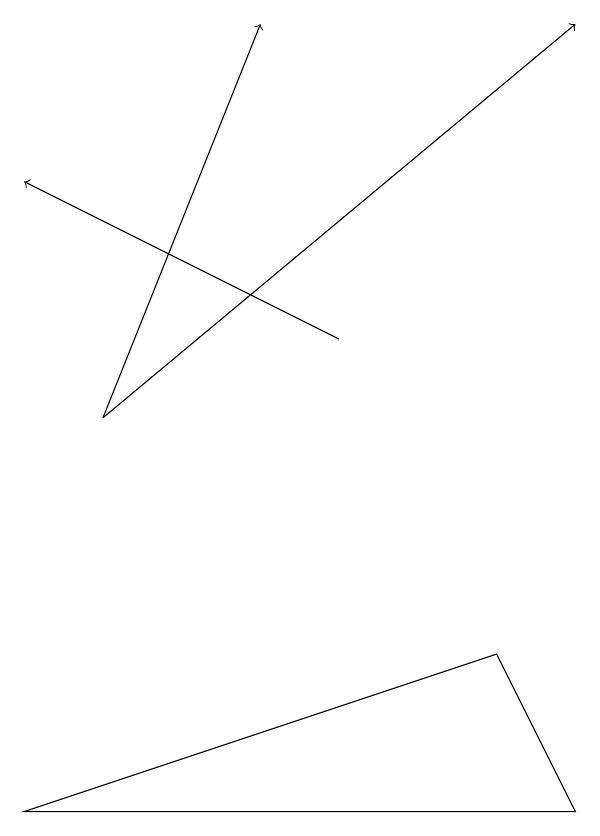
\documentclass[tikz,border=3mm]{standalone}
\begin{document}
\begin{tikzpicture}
\draw[->] (1,12) -- (3,17);
\draw[->] (1,12) -- (7,17);
\draw[->] (4,13) -- (0,15);
\draw (6,9) -- (7,7) -- (0,7) -- cycle;
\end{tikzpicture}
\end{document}